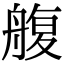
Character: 𦩟